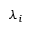
\lambda _ { i }